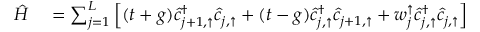
\begin{array} { r l } { \hat { H } } & { { } = \sum _ { j = 1 } ^ { L } \left[ ( t + g ) \hat { c } _ { j + 1 , \uparrow } ^ { \dagger } \hat { c } _ { j , \uparrow } + ( t - g ) \hat { c } _ { j , \uparrow } ^ { \dagger } \hat { c } _ { j + 1 , \uparrow } + w _ { j } ^ { \uparrow } \hat { c } _ { j , \uparrow } ^ { \dagger } \hat { c } _ { j , \uparrow } \right] } \end{array}